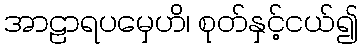
အာဠာရပမှေဟိ၊ စုတ်နှင့်ငယ်၍